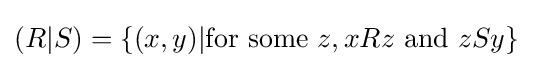
(R|S)=\{(x,y)|{\text{for some }}z,xRz{\text{ and }}zSy\}